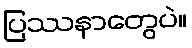
ပြဿနာတွေပဲ။